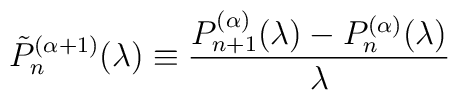
\tilde{P}_n^{(\alpha+1)}(\lambda) \equiv \frac{P^{(\alpha)}_{n+1}(\lambda)-P^{(\alpha)}_n(\lambda)}{\lambda}